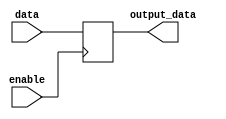
module enable_latch(
    input wire data,
    input wire enable,
    output reg output_data
);

always @(posedge enable)
begin
    if(enable)
        output_data <= data;
end

endmodule